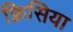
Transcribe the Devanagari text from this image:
फ़्रिसिया